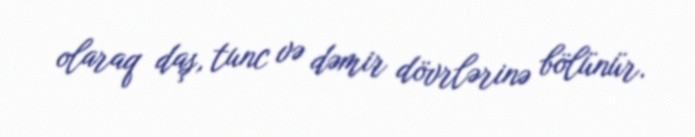
olaraq daş, tunc və dəmir dövrlərinə bölünür.